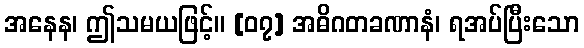
အနေန၊ ဤသမယဖြင့်။ [၀၇] အဓိဂတခဏာနံ၊ ရအပ်ပြီးသော